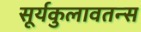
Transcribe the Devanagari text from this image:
सूर्यकुलावतन्स